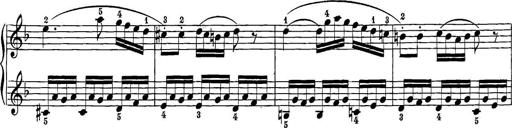
Title: 12 Sonatine per Pianoforte
Composer: Friedrich Kuhlau